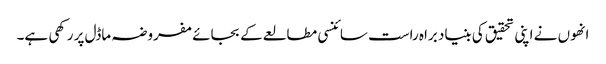
انھوں نے اپنی تحقیق کی بنیاد براہ راست سائنسی مطالعے کے بجائے مفروضہ ماڈل پر رکھی ہے۔